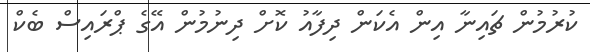
ކުރުމުން ޗައިނާ އިން އެކަން ދިފާއު ކޮށް ދިނުމުން އޭގެ ޕްރައިސް ބެކް